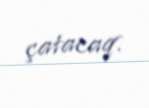
çatacaq.